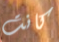
كانت